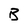
Character: B